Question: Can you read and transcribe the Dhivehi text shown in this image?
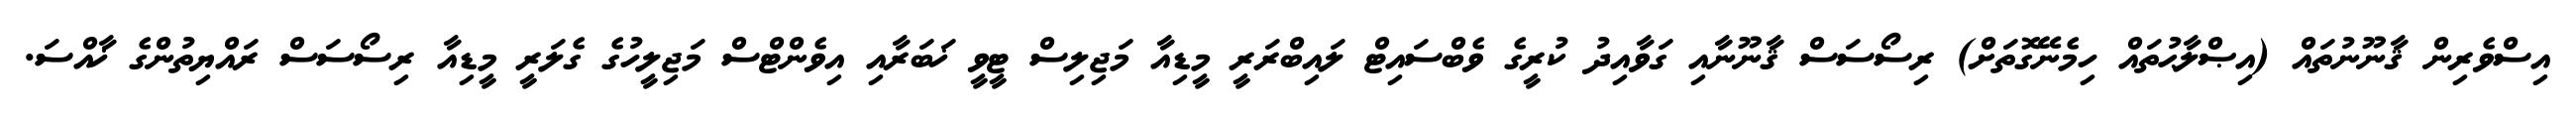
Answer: އިސްވެރިން ޤާނޫނުތައް (އިޞްލާޙުތައް ހިމެނޭގޮތަށް) ރިސޯސަސް ޤާނޫނާއި ގަވާއިދު ކުރީގެ ވެބްސައިޓް ލައިބްރަރީ މީޑިއާ މަޖިލިސް ޓީވީ ޚަބަރާއި އިވެންޓްސް މަޖިލީހުގެ ގެލަރީ މީޑިއާ ރިސޯސަސް ރައްޔިތުންގެ ޚާއްސަ.